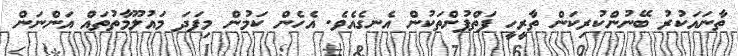
ތާނައަކުރު ބޭނުންކުރިކަން ތާރީހީ ފަތްފުށްތަކުން އެނގެއެވެ. އެހެން ކަމުން މިފަދަ މައުލޫމާތުތައް އަންނަން